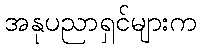
အနုပညာရှင်များက